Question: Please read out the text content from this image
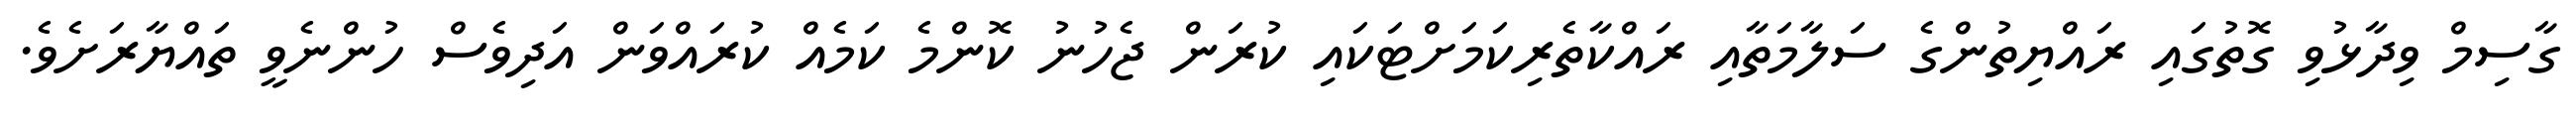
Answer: ގާސިމް ވިދާޅުވި ގޮތުގައި ރައްޔިތުންގެ ސަލާމަތާއި ރައްކާތެރިކަމަށްޓަކައި ކުރަން ޖެހުނު ކޮންމެ ކަމެއް ކުރައްވަން އަދިވެސް ހުންނެވީ ތައްޔާރަށެވެ.